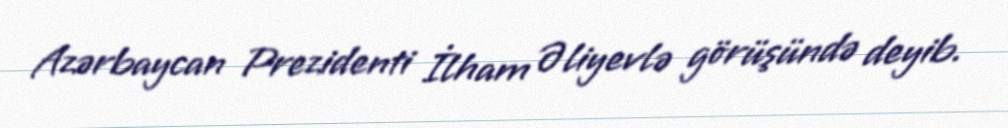
Azərbaycan Prezidenti İlham Əliyevlə görüşündə deyib.